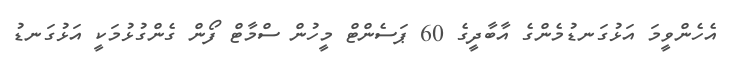
އެހެންވީމަ އަޅުގަނޑުމެންގެ އާބާދީގެ 60 ޕަސެންޓް މީހުން ސްމާޓް ފޯން ގެންގުޅުމަކީ އަޅުގަނޑު